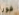
فورا